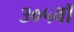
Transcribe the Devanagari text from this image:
३०५वॉ